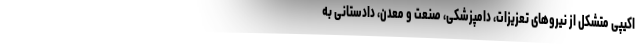
اکیپی متشکل از نیروهای تعزیزات، دامپزشکی، صنعت و معدن، دادستانی به